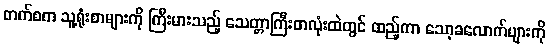
တက်စက သူ့ရုံးစာများကို ကြီးမားသည့် သေတ္တာကြီးတလုံးထဲတွင် ထည့်ကာ သော့ခလောက်များကို